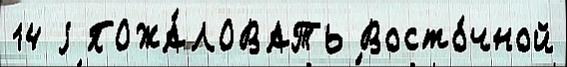
14 j ПОЖА́ЛОВАТЬ Восто́чной